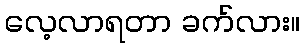
လေ့လာရတာ ခက်လား။